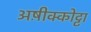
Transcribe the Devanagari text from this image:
अष़ीक्कोट्टा